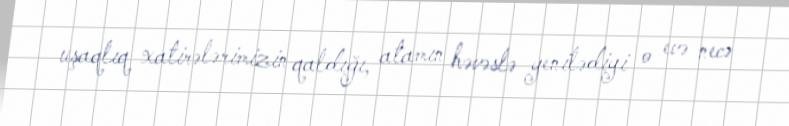
uşaqlıq xatirələrimizin qaldığı, atamın həvəslə yenilədiyi o evə necə